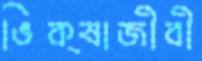
ভিক্ষাজীবী